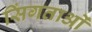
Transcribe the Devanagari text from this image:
सिंगताओं